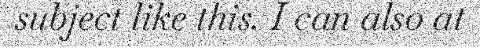
subject like this. I can also at